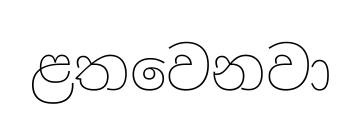
ළතවෙනවා